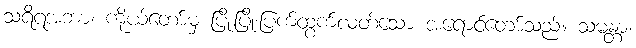
သရိရအဘာ၊ ကိုယ်တော်မှ ပြိုးပြိုးပြက်ထွက်လတ်သော အရောင်တော်သည်။ သမန္တာ၊